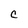
Character: c